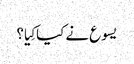
‏ یسوع نے کیا کِیا؟